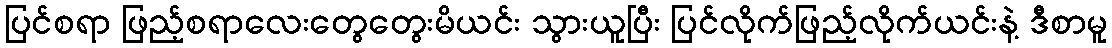
ပြင်စရာ ဖြည့်စရာလေးတွေတွေးမိယင်း သွားယူပြီး ပြင်လိုက်ဖြည့်လိုက်ယင်းနဲ့ ဒီစာမူ